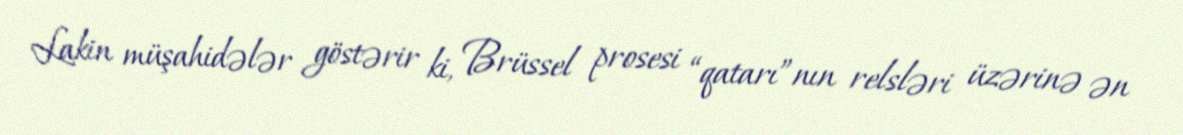
Lakin müşahidələr göstərir ki, Brüssel prosesi “qatarı”nın relsləri üzərinə ən